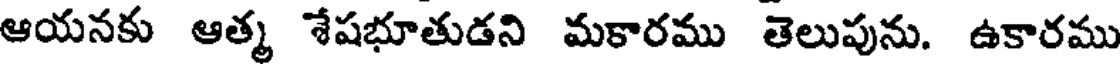
ఆయనకు ఆత్మ శేషభూతుడని మకారము తెలుపును. ఉకారము